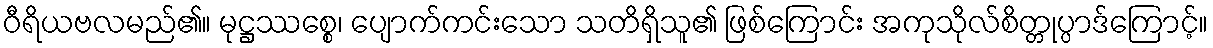
ဝီရိယဗလမည်၏။ မုဋ္ဌဿစ္စေ၊ ပျောက်ကင်းသော သတိရှိသူ၏ ဖြစ်ကြောင်း အကုသိုလ်စိတ္တုပ္ပာဒ်ကြောင့်။